Tezpur Lunatic Asylum reports 1895-1904 - 1895-1904
Year: 1895
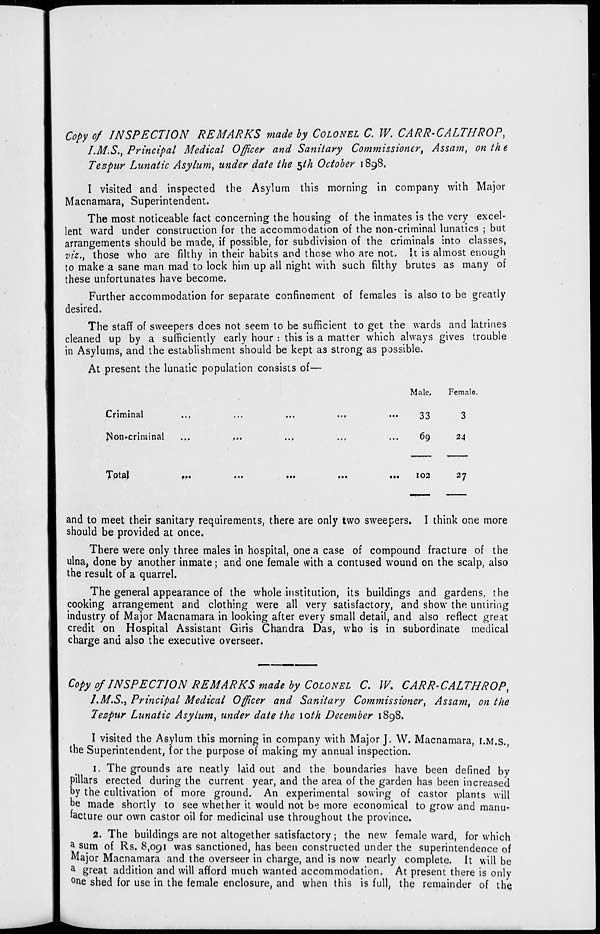
Copy of INSPECTION REMARKS made by COLONEL C. W. CARR-CALTHROP,
I.M.S., Principal Medical Officer and Sanitary Commissioner, Assam, on th e
Tezpur Lunatic Asylum, under date the §th October 1898.
I visited and inspected the Asylum this morning in company with Major
Macnamara, Superintendent.
The most noticeable fact concerning the housing of the inmates is the very excel-
lent ward under construction for the accommodation of the non-criminal lunatics ; but
arrangements should be made, if possible, for subdivision of the criminals into classes,
viz., those who are filthy in their habits and those who are not. It is almost enough
to make a sane man mad to lock him up all night with such filthy brutes as many of
these unfortunates have become.
Further accommodation for separate confinement of females is also to be greatly
desired.
The staff of sweepers does not seem to be sufficient to get the wards and latrines
cleaned up by a sufficiently early hour : this is a matter which always gives trouble
in Asylums, and the establishment should be kept as strong as passible.
At present the lunatic population consists of—
...
Criminal
J^on»criminai
• ••
Male.
33
69
Female.
3
24
Total
M»
• ••
102
and to meet their sanitary requirements, there are only two sweepers. I think one more
should be provided at once.
There were only three males in hospital, one a case of compound fracture of the
ulna, done by another inmate; and one female with a contused wound on the scalp, also
the result of a quarrel.
The general appearance of the whole institution, its buildings and gardens, the
cooking arrangement and clothing were all very satisfactory, and show the untiring
industry of Major Macnamara in looking after every small detail, and also reflect great
credit on Hospital Assistant Giris Chandra Das, who is in subordinate medical
charge and also the executive overseer.
Copy of INSPECTION REMARKS made by COLONEL C. W. CARR-CALTHROP,
I.M.S., Principal Medical Officer and Sanitary Commissioner, Assam, on the
Tezpur Lunatic Asylum, under date the 10th December 1898.
I visited the Asylum this morning in company with Major J. W. Macnamara, I.M.S.
the Superintendent, for the purpose of making my annual inspection.
1. The grounds are neatly laid out and the boundaries have been defined by
pillars erected during the current year, and the area of the garden has been increased
by the cultivation of more ground. An experimental sowing of castor plants will
be made shortly to see whether it would not be more economical to grow and manu-
facture our own castor oil for medicinal use throughout the province.
2. The buildings are not altogether satisfactory ; the new female ward, for which
* sum of Rs. 8,091 was sanctioned, has been constructed under the superintendence of
Major Macnamara and the overseer in charge, and is now nearly complete. It will be
a great addition and will afford much wanted accommodation. At present there is only
°ne shed for use in the female enclosure, and when this is full, the remainder of the